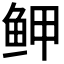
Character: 𱇟